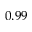
0 . 9 9